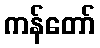
ကန်တော်